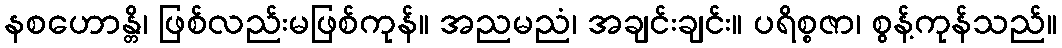
နစဟောန္တိ၊ ဖြစ်လည်းမဖြစ်ကုန်။ အညမညံ၊ အချင်းချင်း။ ပရိစ္စဇာ၊ စွန့်ကုန်သည်။